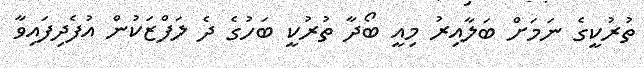
ތުރުކީގެ ނަމަށް ބަލާއިރު މިއީ ބޯދާ ތުރުކީ ބަހުގެ ދެ ލަފްޒަކުން އުފެދިފައިވާ